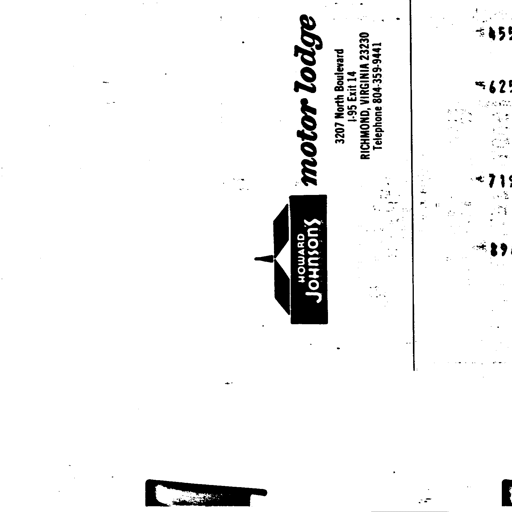
HOWARD JOHNSON'S motor lodge
3207 North Boulevard
I-95 Exit 14
RICHMOND, VIRGINIA 23230
Telephone 804-359-9441